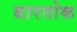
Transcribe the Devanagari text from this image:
बारतोक